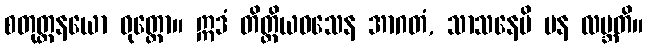
စတုတ္ထနယော ဝုတ္တော။ ဣဒံ တိတ္ထိယဝသေန အာဂတံ, သာသနေပိ ပန လဗ္ဘတိ။